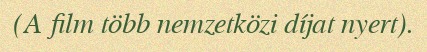
(A film több nemzetközi díjat nyert).